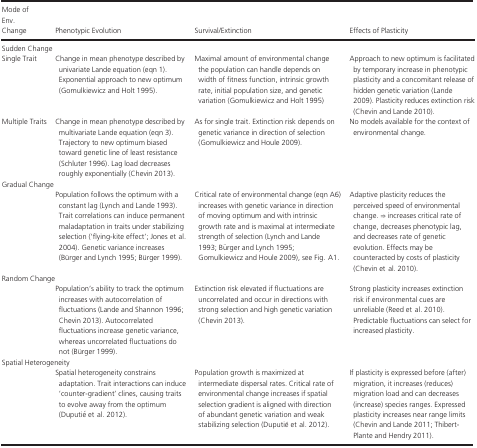
| Mode of Env. Change | Phenotypic Evolution | Survival/Extinction | Effects of Plasticity |
 | --- | --- | --- | --- |
 | <COLSPAN=4> Sudden Change |
 | Single Trait | Change in mean phenotype described by univariate Lande equation (eqn 1). Exponential approach to new optimum (Gomulkiewicz and Holt 1995). | Maximal amount of environmental change the population can handle depends on width of fitness function, intrinsic growth rate, initial population size, and genetic variation (Gomulkiewicz and Holt 1995) | Approach to new optimum is facilitated by temporary increase in phenotypic plasticity and a concomitant release of hidden genetic variation (Lande 2009). Plasticity reduces extinction risk (Chevin and Lande 2010). |
 | Multiple Traits | Change in mean phenotype described by multivariate Lande equation (eqn 3). Trajectory to new optimum biased toward genetic line of least resistance (Schluter 1996). Lag load decreases roughly exponentially (Chevin 2013). | As for single trait. Extinction risk depends on genetic variance in direction of selection (Gomulkiewicz and Houle 2009). | No models available for the context of environmental change. |
 | <COLSPAN=4> Gradual Change |
 |  | Population follows the optimum with a constant lag (Lynch and Lande 1993). Trait correlations can induce permanent maladaptation in traits under stabilizing selection (‘flying-kite effect’; Jones et al. 2004). Genetic variance increases (Bürger and Lynch 1995; Bürger 1999). | Critical rate of environmental change (eqn A6) increases with genetic variance in direction of moving optimum and with intrinsic growth rate and is maximal at intermediate strength of selection (Lynch and Lande 1993; Bürger and Lynch 1995; Gomulkiewicz and Houle 2009), see Fig. 3. | Adaptive plasticity reduces the perceived speed of environmental change. ⇒ increases critical rate of change, decreases phenotypic lag, and decreases rate of genetic evolution. Effects may be counteracted by costs of plasticity (Chevin et al. 2010). |
 | <COLSPAN=4> Random Change |
 |  | Population's ability to track the optimum increases with autocorrelation of fluctuations (Lande and Shannon 1996; Chevin 2013). Autocorrelated fluctuations increase genetic variance, whereas uncorrelated fluctuations do not (Bürger 1999). | Extinction risk elevated if fluctuations are uncorrelated and occur in directions with strong selection and high genetic variation (Chevin 2013). | Strong plasticity increases extinction risk if environmental cues are unreliable (Reed et al. 2010). Predictable fluctuations can select for increased plasticity. |
 | <COLSPAN=4> Spatial Heterogeneity |
 |  | Spatial heterogeneity constrains adaptation. Trait interactions can induce ‘counter-gradient’ clines, causing traits to evolve away from the optimum (Duputié et al. 2012). | Population growth is maximized at intermediate dispersal rates. Critical rate of environmental change increases if spatial selection gradient is aligned with direction of abundant genetic variation and weak stabilizing selection (Duputié et al. 2012). | If plasticity is expressed before (after) migration, it increases (reduces) migration load and can decreases (increase) species ranges. Expressed plasticity increases near range limits (Chevin and Lande 2011; Thibert-Plante and Hendry 2011). |